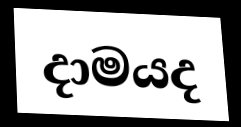
දාමයද